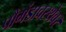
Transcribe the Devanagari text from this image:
पौगंडावस्थेवर